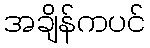
အချိန်ကပင်